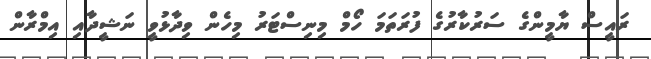
ރައީސް ޔާމީންގެ ސަރުކާރުގެ ފުރަތަމަ ހޯމް މިނިސްޓަރު މިހެން ވިދާޅުވީ ނަޝީދާއި އިމްރާން